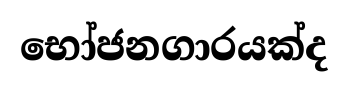
භෝජනගාරයක්ද